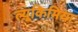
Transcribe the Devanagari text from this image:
ल्यूकिमिया